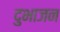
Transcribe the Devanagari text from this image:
दुभाजन